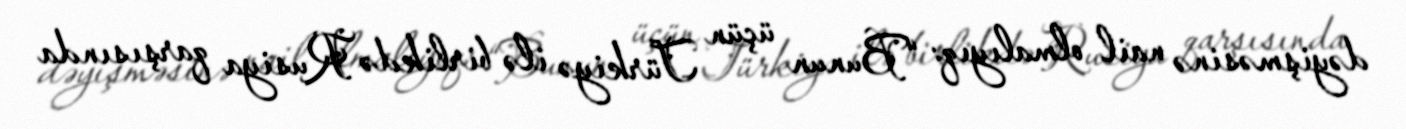
dəyişməsinə nail olmalıyıq: “Bunun üçün Türkiyə ilə birlikdə Rusiya qarşısında